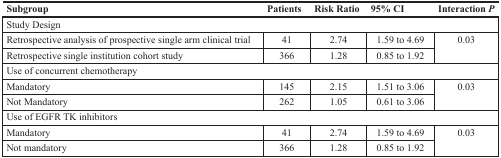
| Subgroup | Patients | Risk Ratio | 95% CI | Interaction P |
 | --- | --- | --- | --- | --- |
 | <COLSPAN=5> Study Design |
 | Retrospective analysis of prospective single arm clinical trial | 41 | 2.74 | 1.59 to 4.69 | <ROWSPAN=2> 0.03 |
 | Retrospective single institution cohort study | 366 | 1.28 | 0.85 to 1.92 |
 | <COLSPAN=5> Use of concurrent chemotherapy |
 | Mandatory | 145 | 2.15 | 1.51 to 3.06 | <ROWSPAN=2> 0.03 |
 | Not Mandatory | 262 | 1.05 | 0.61 to 3.06 |
 | <COLSPAN=5> Use of EGFR TK inhibitors |
 | Mandatory | 41 | 2.74 | 1.59 to 4.69 | <ROWSPAN=2> 0.03 |
 | Not mandatory | 366 | 1.28 | 0.85 to 1.92 |